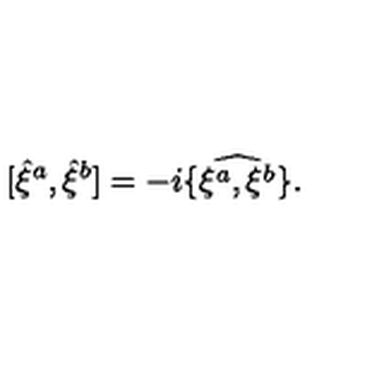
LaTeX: [ { \hat { \xi } } ^ { a } , { \hat { \xi } } ^ { b } ] = - i \widehat { \{ \xi ^ { a } , \xi ^ { b } \} } .